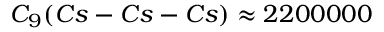
C _ { 9 } ( C s - C s - C s ) \approx 2 2 0 0 0 0 0